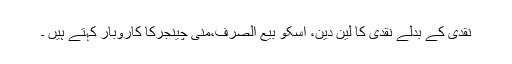
نقدی کے بدلے نقدی کا لین دین، اسکو بیع الصرف،منی چینجرکا کاروبار کہتے ہیں ۔